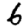
Digit: 6